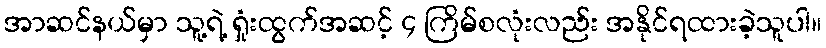
အာဆင်နယ်မှာ သူ့ရဲ့ ရှုံးထွက်အဆင့် ၄ ကြိမ်စလုံးလည်း အနိုင်ရထားခဲ့သူပါ။